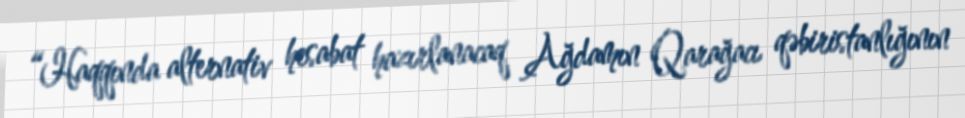
“Haqqında alternativ hesabat hazırlanacaq Ağdamın Qarağacı qəbiristanlığının